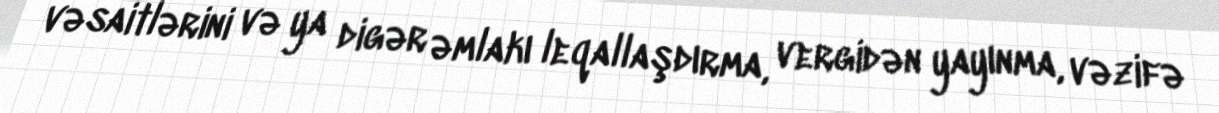
vəsaitlərini və ya digər əmlakı leqallaşdırma, vergidən yayınma, vəzifə